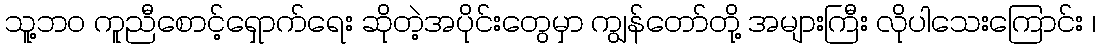
သူ့ဘ၀ ကူညီစောင့်ရှောက်ရေး ဆိုတဲ့အပိုင်းတွေမှာ ကျွန်တော်တို့ အများကြီး လိုပါသေးကြောင်း ၊